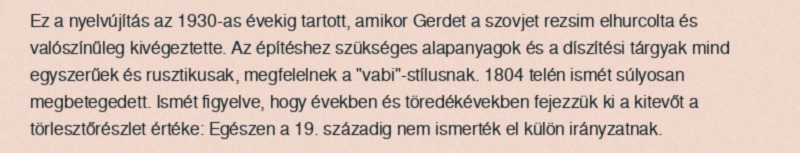
Ez a nyelvújítás az 1930-as évekig tartott, amikor Gerdet a szovjet rezsim elhurcolta és valószínűleg kivégeztette. Az építéshez szükséges alapanyagok és a díszítési tárgyak mind egyszerűek és rusztikusak, megfelelnek a "vabi"-stílusnak. 1804 telén ismét súlyosan megbetegedett. Ismét figyelve, hogy években és töredékévekben fejezzük ki a kitevőt a törlesztőrészlet értéke: Egészen a 19. századig nem ismerték el külön irányzatnak.